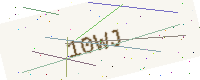
Text: 10WJ